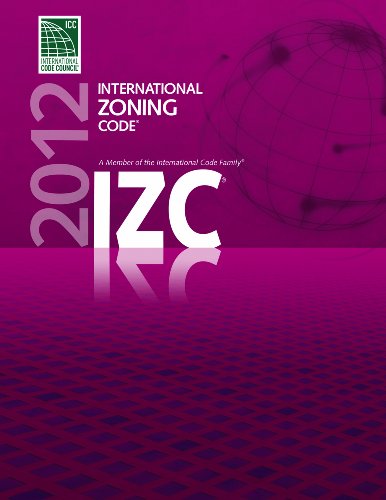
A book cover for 2012 International Zoning Code (International Code Council Series); International Code Council; Law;